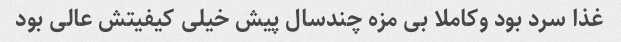
غذا سرد بود وکاملا بی مزه چندسال پیش خیلی کیفیتش عالی بود